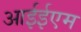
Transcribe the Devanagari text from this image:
आईईएम